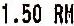
1.50 RM